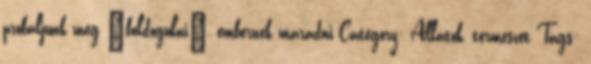
próbáljunk meg “boldogulni”, embernek maradni Category: Állatok, természet Tags: